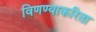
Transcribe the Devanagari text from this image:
विणण्याकरिता